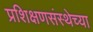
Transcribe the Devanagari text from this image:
प्रशिक्षणसंस्थेच्या